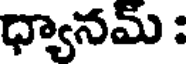
ధ్యానమ్ :